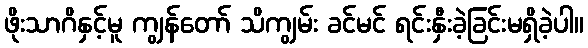
ဖိုးသာဂိနှင့်မူ ကျွန်တော် သိကျွမ်း ခင်မင် ရင်းနှီးခဲ့ခြင်းမရှိခဲ့ပါ။